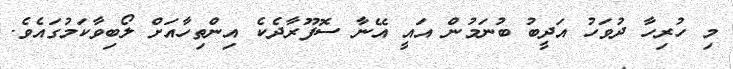
މި ހުރިހާ ދުވަހު އަދީބު ބުނަމުން އައީ އޭނާ ސޮފޫރާދެކެ އިންތިހާއަށް ލޯބިވާކަމުގައެވެ.